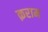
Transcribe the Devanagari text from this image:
क़राम